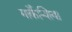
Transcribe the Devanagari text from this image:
मार्केंन्शिया